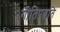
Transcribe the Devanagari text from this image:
गीतिपद्धति